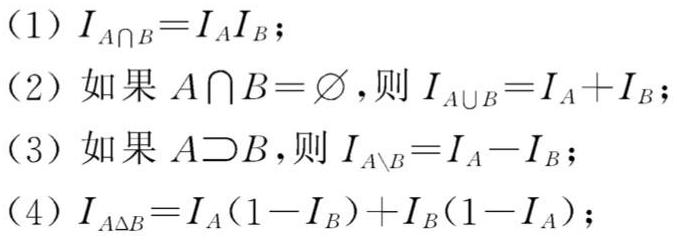
(1) $I_{A\cap B}=I_{A}I_{B}$;
(2) 如果 $A\cap B=\varnothing$,则 $I_{A\cup B}=I_{A}+I_{B}$;
(3) 如果 $A\supset B$,则 $I_{A\setminus B}=I_{A}-I_{B}$;
(4) $I_{A\Delta B}=I_{A}(1 - I_{B})+I_{B}(1 - I_{A})$;